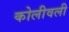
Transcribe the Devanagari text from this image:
कोलीवली